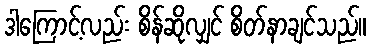
ဒါကြောင့်လည်း စိန်ဆိုလျှင် စိတ်နာချင်သည်။